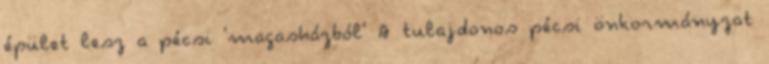
épület lesz a pécsi 'magasházból' A tulajdonos pécsi önkormányzat